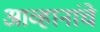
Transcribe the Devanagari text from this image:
आव्हानांचे